Language: tamil
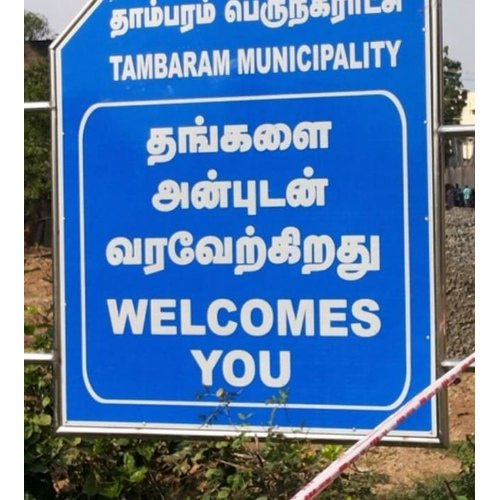
Transcription: தாம்பரம் தங்களை அன்புடன் வரவேற்கிறது